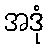
အဒုံ